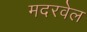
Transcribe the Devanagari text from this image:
मदरवेल